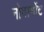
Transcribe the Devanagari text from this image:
नोवामोंट